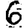
Digit: 6